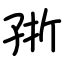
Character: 㝂